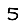
Digit: 5